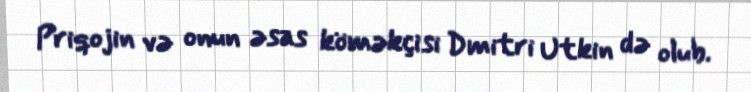
Priqojin və onun əsas köməkçisi Dmitri Utkin də olub.